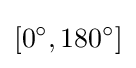
[0^{\circ },180^{\circ }]